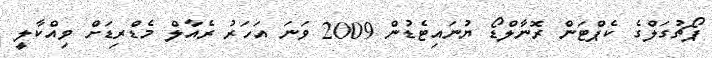
ޕޯޗުގަލްގެ ކެޕްޓަން ރޮނާލްޑޯ ޔުނައިޓެޑުން 2009 ވަނަ އަހަރު ރެއާލް މެޑްރިޑަށް ވިއްކާލީ